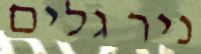
ניר גלים